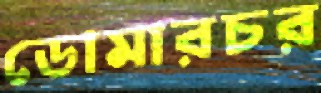
ডোমারচর